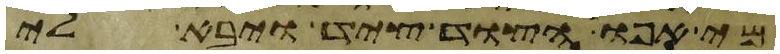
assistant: מי אפו הצד ציד ויבא לי